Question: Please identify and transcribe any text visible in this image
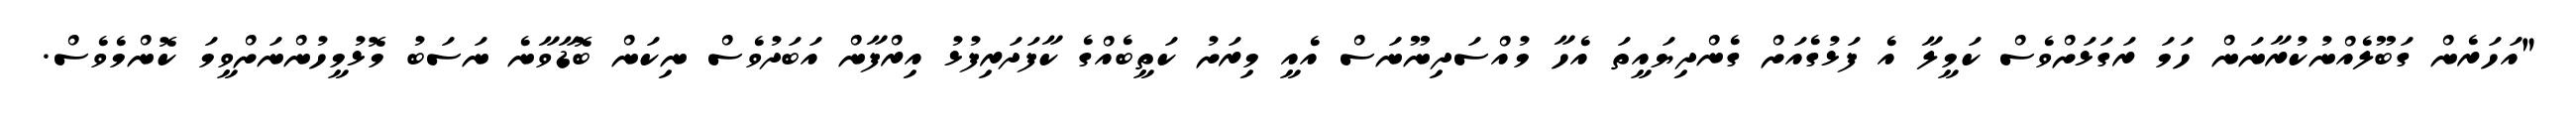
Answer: "އަހަރެން ގަބޫލެއްނުކުރާނަން ހަމަ ރަގަޅަށްވެސް ކަމީލާ އެ ފަޅުގެއަށް ގެންދިޔައީތަ އެހާ މުއްސަދިނޫނަސް އެއީ މިރަށު ކަތީބެއްގެ ކާފަދަރިފުޅު އިރްފާން އަބަދުވެސް ނިކަން ބޮޑާވާނެ ނަސަބު މޮޅުމީހުންނަށްވީމަ ކޮންމެވެސް.